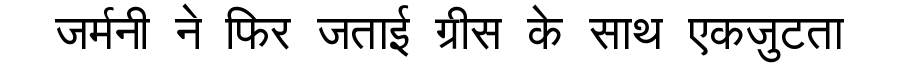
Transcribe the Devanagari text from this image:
जर्मनी ने फिर जताई ग्रीस के साथ एकजुटता